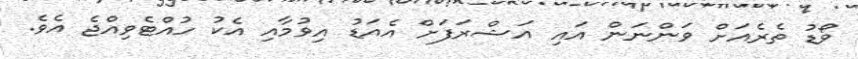
ވޯޑު ތެރެއަށް ވަންނަން އައި އަޝްރަފަށް އެއަޑު އިވުމާއި އެކު ހުއްޓެވިއްޖެ އެވެ.